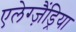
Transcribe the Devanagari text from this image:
एलेग्ज़ैंड्रिया